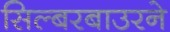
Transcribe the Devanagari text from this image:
सिल्बरबाउरने